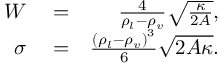
\begin{array} { r l r } { W } & { { } = } & { \frac { 4 } { \rho _ { l } - \rho _ { v } } \sqrt { \frac { \kappa } { 2 A } } , } \\ { \sigma } & { { } = } & { \frac { { ( \rho _ { l } - \rho _ { v } ) } ^ { 3 } } { 6 } \sqrt { 2 A \kappa } . } \end{array}